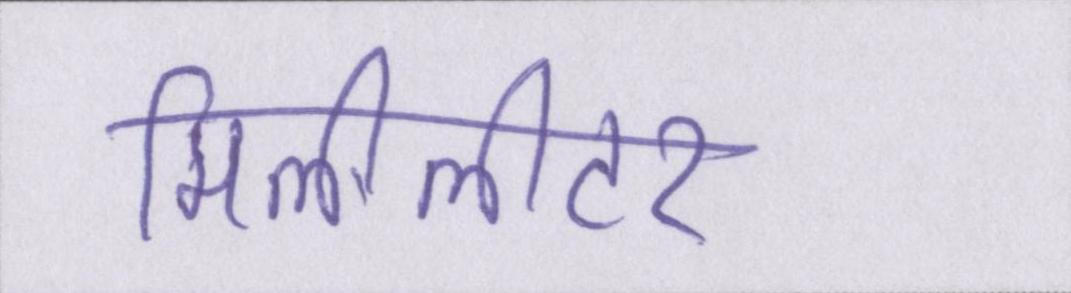
मिलीलीटर